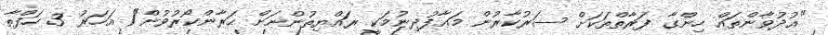
"ޢުދުވާންތައް ހިންގާ ފަރާތްތަކަށް ސަރުކާރުން މަޢާފުދިނުމަކީ ރައްޔިތުންނަށް ޙަރާންކޯރުވުން"1 އަހަރު 3 ހަފްތާ